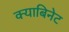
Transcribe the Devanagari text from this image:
क्याबिनेट